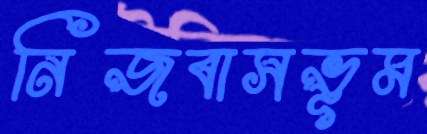
নিজবাসভূম